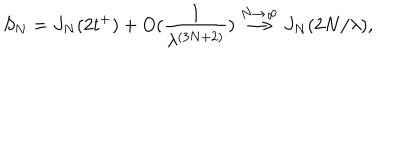
S _ { N } = J _ { N } ( 2 t ^ { + } ) + O ( \frac { 1 } { \lambda ^ { ( 3 N + 2 ) } } ) \stackrel { N \rightarrow \infty } { \longrightarrow } J _ { N } ( 2 N / \lambda ) ,